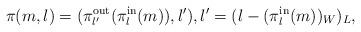
\begin{align*}\pi(m,l) = (\pi_{l'}^{\mathrm{out}}(\pi_{l}^{\mathrm{in}}(m)),l'), l'=(l-(\pi_{l}^{\mathrm{in}}(m))_{W})_{L}, \end{align*}